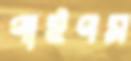
পাইপস